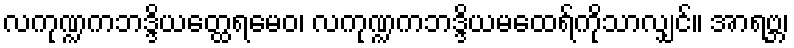
လကုဏ္ဍကဘဒ္ဒိယတ္ထေရမေဝ၊ လကုဏ္ဍကဘဒ္ဒိယမထေရ်ကိုသာလျှင်။ အာရဗ္ဘ၊